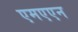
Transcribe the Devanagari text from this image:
एमएएन